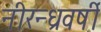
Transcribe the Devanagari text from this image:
नीरन्ध्रवर्षी